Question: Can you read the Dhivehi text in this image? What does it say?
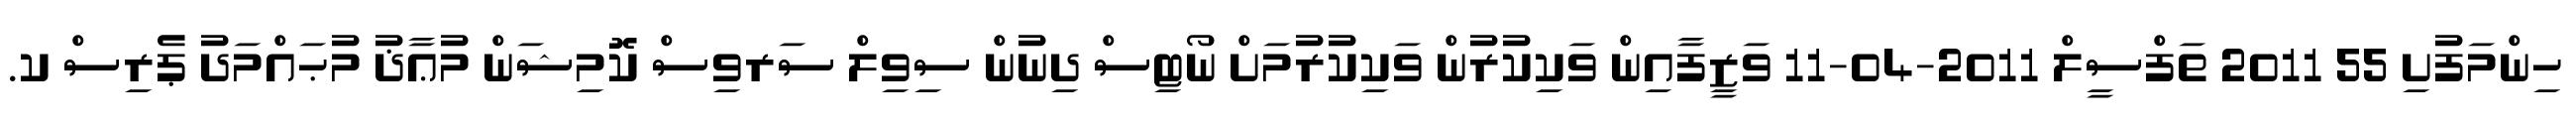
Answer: ހިންމަފުށި 55 2011 ތަފްސީލް 2011-04-11 ވަޒީފާއިން ވަކިކުރުން ވަކިކުރުމަށް ނޯޓިސް ދިނުން ސިވިލް ސަރވިސް ކޮމިޝަން މުޢާޛު މުޙައްމަދު ޕެރިސް ކ.